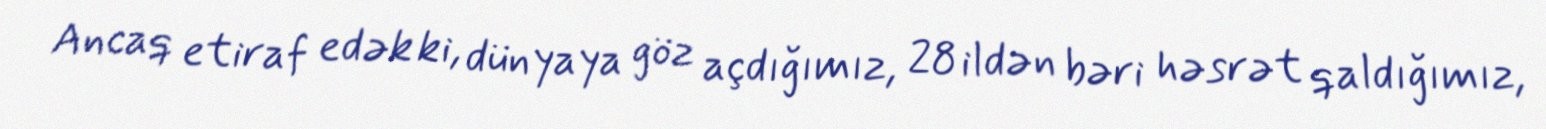
Ancaq etiraf edək ki, dünyaya göz açdığımız, 28 ildən bəri həsrət qaldığımız,